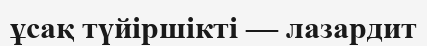
ұсақ түйіршікті — лазардит